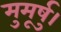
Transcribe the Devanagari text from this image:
मुमूर्षु।